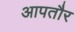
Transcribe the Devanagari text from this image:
आपतौर